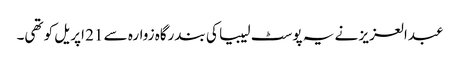
عبدالعزیز نے یہ پوسٹ لیبیا کی بندرگاہ زوارہ سے 21 اپریل کو تھی۔